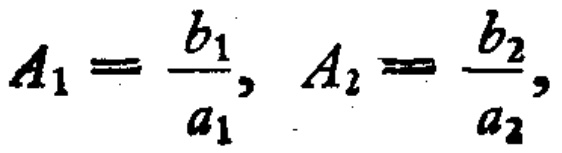
\(A_1 = \frac{b_1}{a_1}, A_2 = \frac{b_2}{a_2},\)